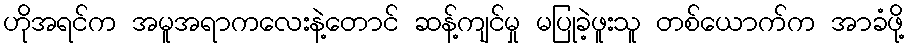
ဟိုအရင်က အမူအရာကလေးနဲ့တောင် ဆန့်ကျင်မှု မပြုခဲ့ဖူးသူ တစ်ယောက်က အာခံဖို့